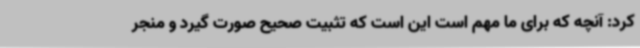
کرد: آنچه که برای ما مهم است این است که تثبیت صحیح صورت گیرد و منجر